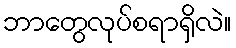
ဘာတွေလုပ်စရာရှိလဲ။